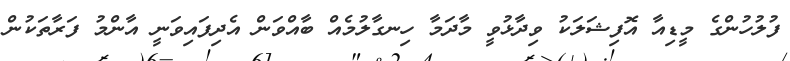
ފުލުހުންގެ މީޑިއާ އޮފިޝަލަކު ވިދާޅުވީ މާދަމާ ހިނގާލުމެއް ބާއްވަން އެދިފައިވަނީ އާންމު ފަރާތަކުން